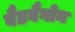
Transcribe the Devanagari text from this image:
बैडवैगोन